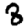
Digit: 8